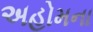
અહોમના